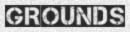
GROUNDS